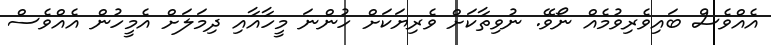
އެއްވެސް ބައިވެރިވުމެއް ނޯވޭ. ނުވިތާކަށް ވެރިޔަކަށް ހުންނަ މީހާއާއި ދިމަލަށް އެމީހުން އެއްވެސް